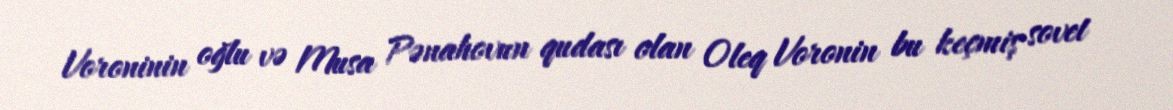
Voroninin oğlu və Musa Pənahovun qudası olan Oleq Voronin bu keçmiş sovet